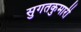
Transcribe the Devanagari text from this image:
सुगतकुमारी